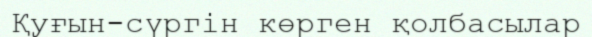
Қуғын-сүргін көрген қолбасылар